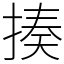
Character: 揍